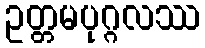
ဥတ္တမပုဂ္ဂလဿ